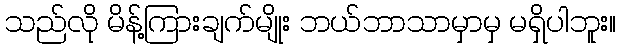
သည်လို မိန့်ကြားချက်မျိုး ဘယ်ဘာသာမှာမှ မရှိပါဘူး။